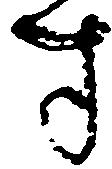
す